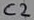
Text: C2